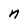
Character: n